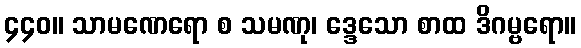
၄၄၀။ သာမဏေရော စ သမဏု၊ ဒ္ဒေသော စာထ ဒိဂမ္ဗရော။